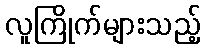
လူကြိုက်များသည့်